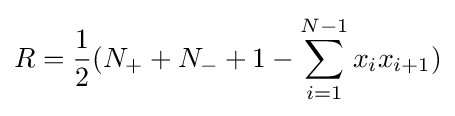
R={\frac {1}{2}}(N_{+}+N_{-}+1-\sum _{i=1}^{N-1}x_{i}x_{i+1})